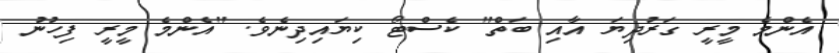
އެންމެ މީރީ ގަރުދިޔަ އާއި ބަތް" ކެސްޓޯ ކިޔައިދިނެވެ. "އެންމެ މީރީ ފިހުނު